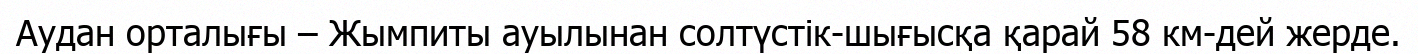
Аудан орталығы – Жымпиты ауылынан солтүстік-шығысқа қарай 58 км-дей жерде.